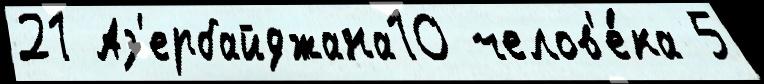
21 Аз'ербайджана10 челов'е́ка 5